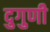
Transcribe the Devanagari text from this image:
दुगुणी